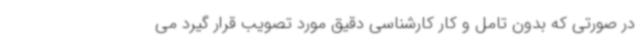
در صورتی که بدون تامل و کار کارشناسی دقیق مورد تصویب قرار گیرد می